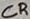
Text: CR